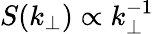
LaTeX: S(k_{\perp})\propto k_{\perp}^{-1}